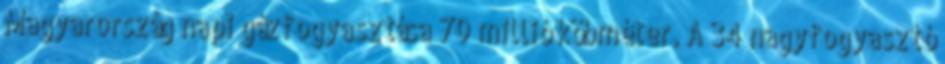
Magyarország napi gázfogyasztása 70 millió köbméter. A 34 nagyfogyasztó